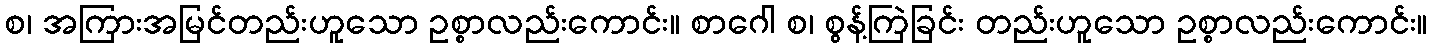
စ၊ အကြားအမြင်တည်းဟူသော ဥစ္စာလည်းကောင်း။ စာဂေါ စ၊ စွန့်ကြဲခြင်း တည်းဟူသော ဥစ္စာလည်းကောင်း။